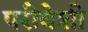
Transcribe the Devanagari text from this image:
परीवेशी